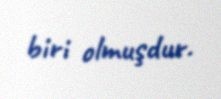
biri olmuşdur.